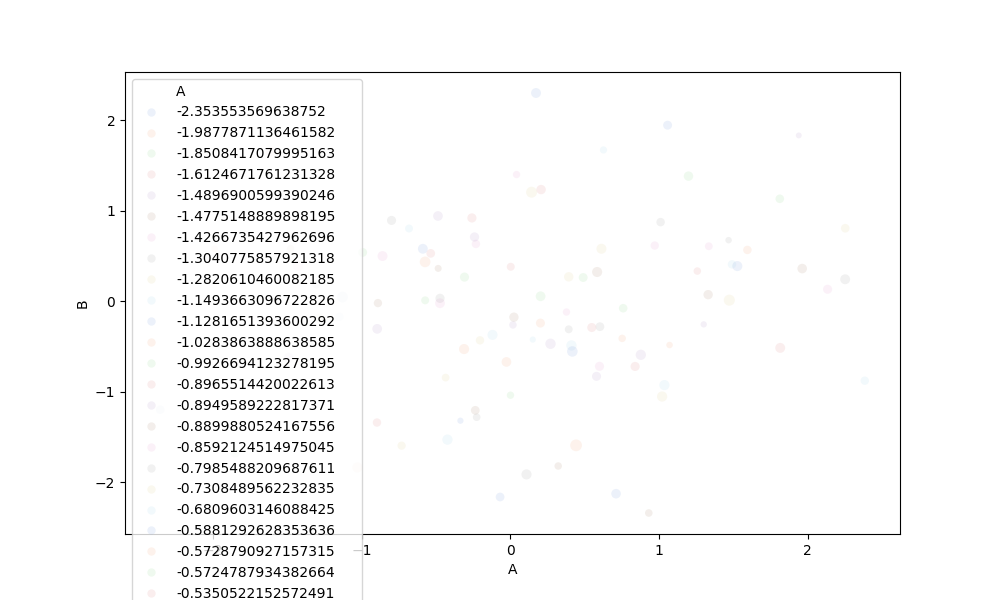
python, seaborn, scatterplot, hue='A', style='None', size='C', palette='muted', alpha=0.1